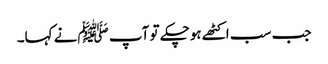
جب سب اکٹھے ہوچکے تو آپ ﷺنے کہا۔